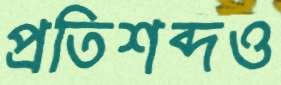
প্রতিশব্দও